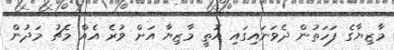
މާޒިޔާގެ ފަހަތުން ދެވަނައިގައި އޮތީ މާޒިޔާ އަށް ވުރެ އެއް މެޗު މަދުން